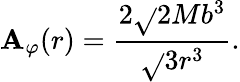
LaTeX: {\mathbf{A}}_{\varphi}(r)=\frac{{2\sqrt{}{{2}}Mb^{3}}}{{\sqrt{}{{3}}r^{3}}}.